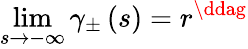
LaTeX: \operatorname*{lim}_{s\rightarrow-\infty}\gamma_{\pm}\left(s\right)=r^{\ddag}